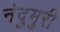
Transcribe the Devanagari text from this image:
नंदुमुरी